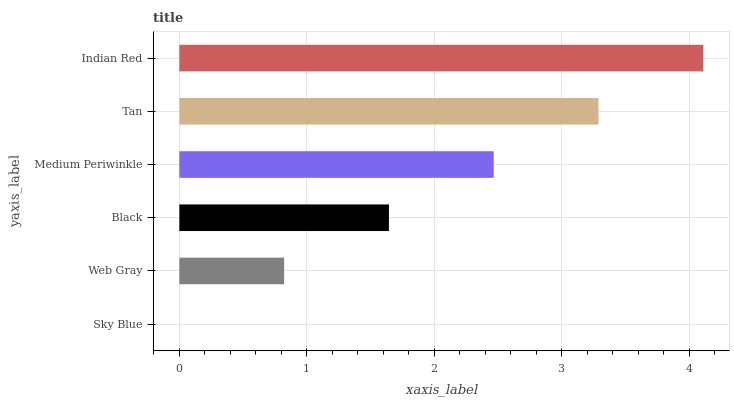
| yaxis_label | bars |
 | --- | --- |
 | Sky Blue | 0 |
 | Web Gray | 0.822 |
 | Black | 1.64 |
 | Medium Periwinkle | 2.47 |
 | Tan | 3.29 |
 | Indian Red | 4.11 |